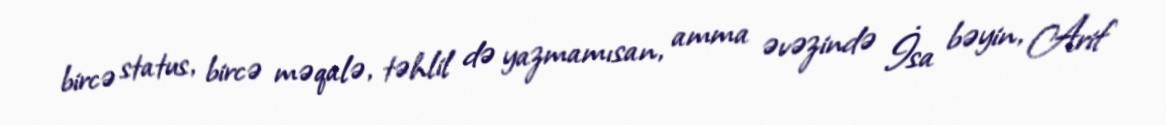
bircə status, bircə məqalə, təhlil də yazmamısan, amma əvəzində İsa bəyin, Arif